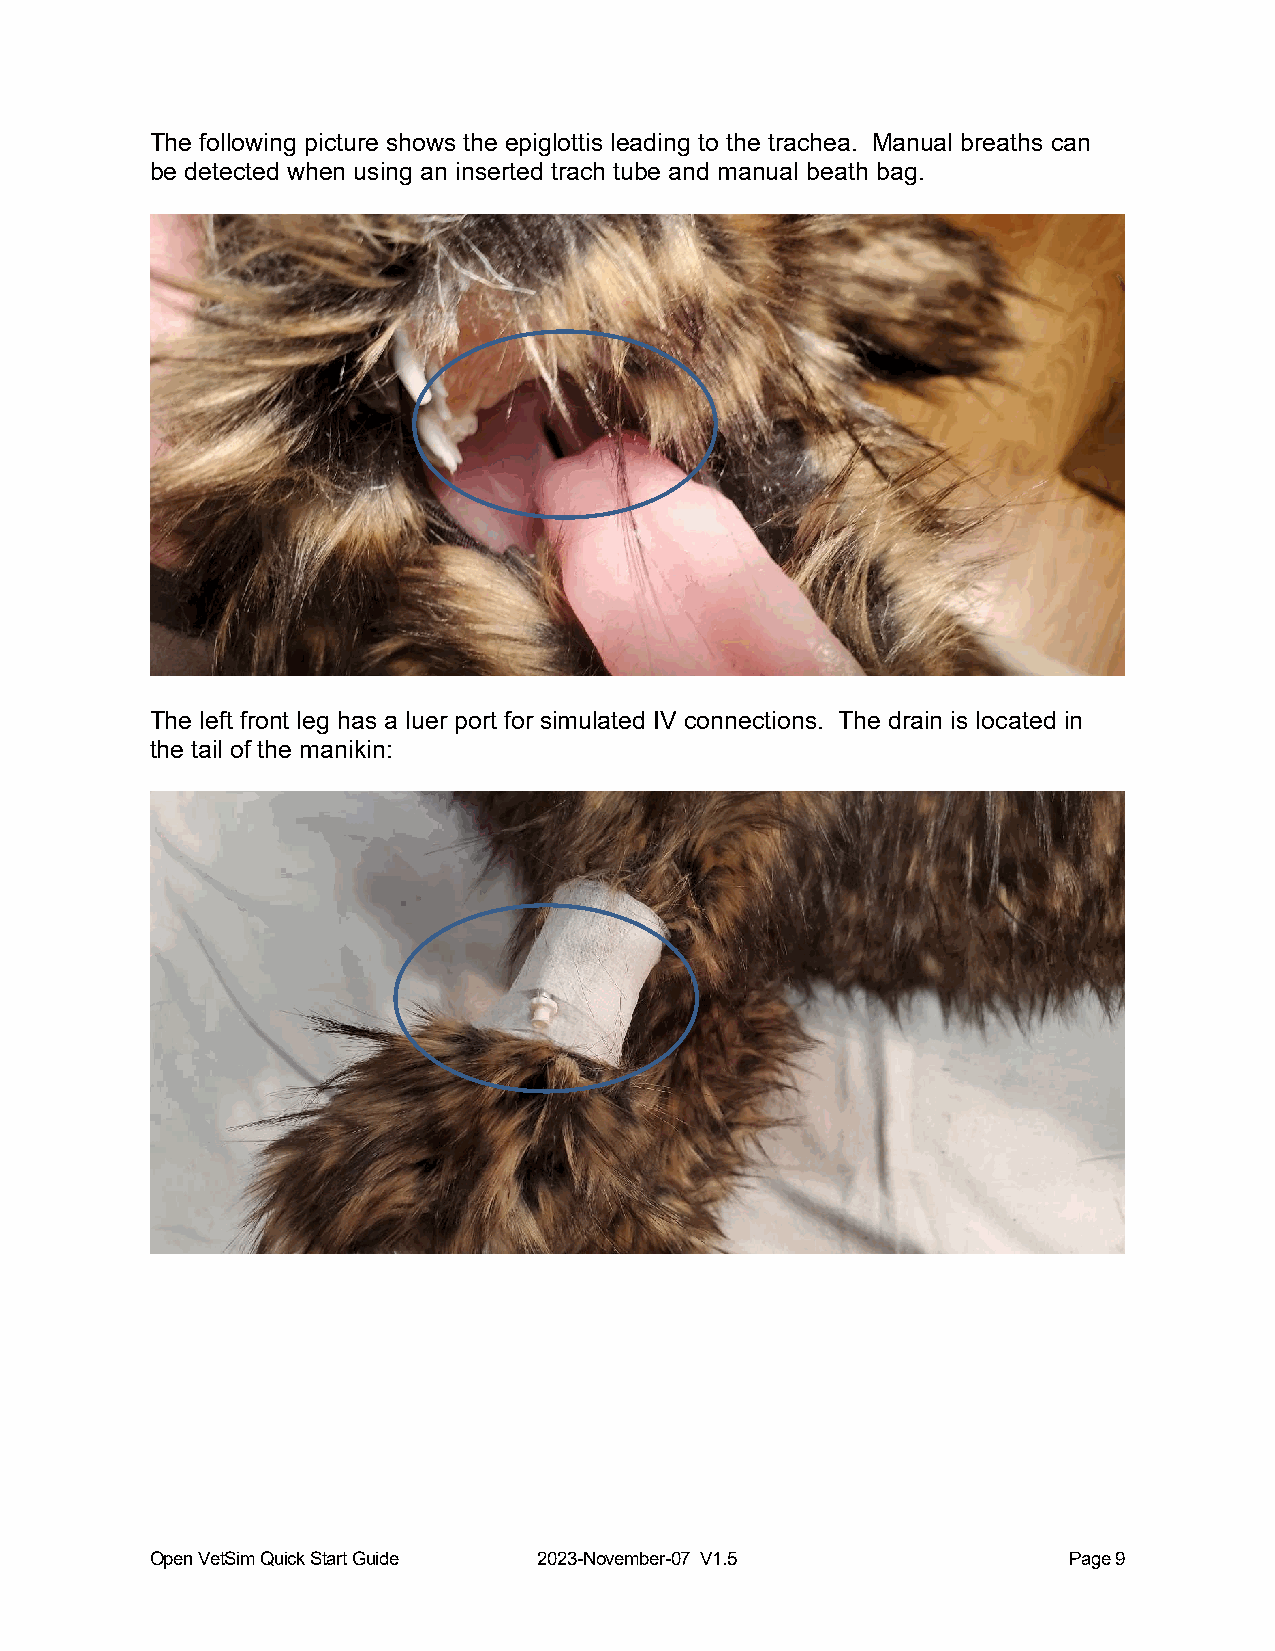
The following picture shows the epiglottis leading to the trachea. Manual breaths can
 be detected when using an inserted trach tube and manual beath bag.
 The left front leg has a luer port for simulated IV connections. The drain is located in
 the tail of the manikin:
 Open VetSim Quick Start Guide 2023-November-07 V1.5          Page 9